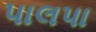
પાલપા